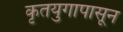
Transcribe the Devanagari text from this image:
कृतयुगापासून